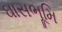
ઘાસભૂમિ